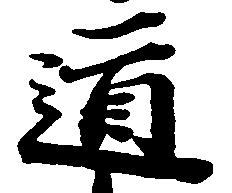
道